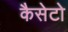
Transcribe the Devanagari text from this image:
कैसेटो